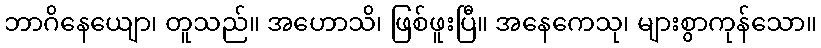
ဘာဂိနေယျော၊ တူသည်။ အဟောသိ၊ ဖြစ်ဖူးပြီ။ အနေကေသု၊ များစွာကုန်သော။